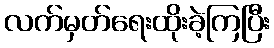
လက်မှတ်ရေးထိုးခဲ့ကြပြီး